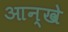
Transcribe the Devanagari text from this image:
आन्खे